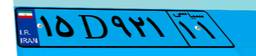
۹۹D۱۶۴۹۰